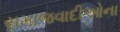
સમાજવાદીઓના